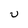
Character: v